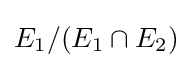
E_{1}/(E_{1}\cap E_{2})